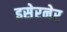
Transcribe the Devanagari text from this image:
इसेरनेर